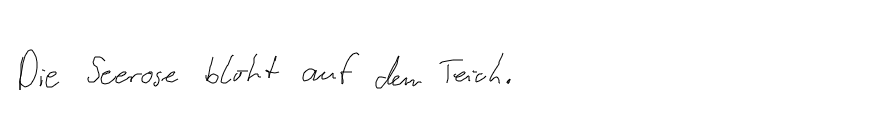
Die Seerose blüht auf dem Teich.